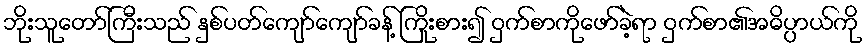
ဘိုးသူတော်ကြီးသည် နှစ်ပတ်ကျော်ကျော်ခန့် ကြိုးစား၍ ဝှက်စာကိုဖော်ခဲ့ရာ ဝှက်စာ၏အဓိပ္ပာယ်ကို